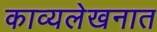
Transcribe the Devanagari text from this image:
काव्यलेखनात